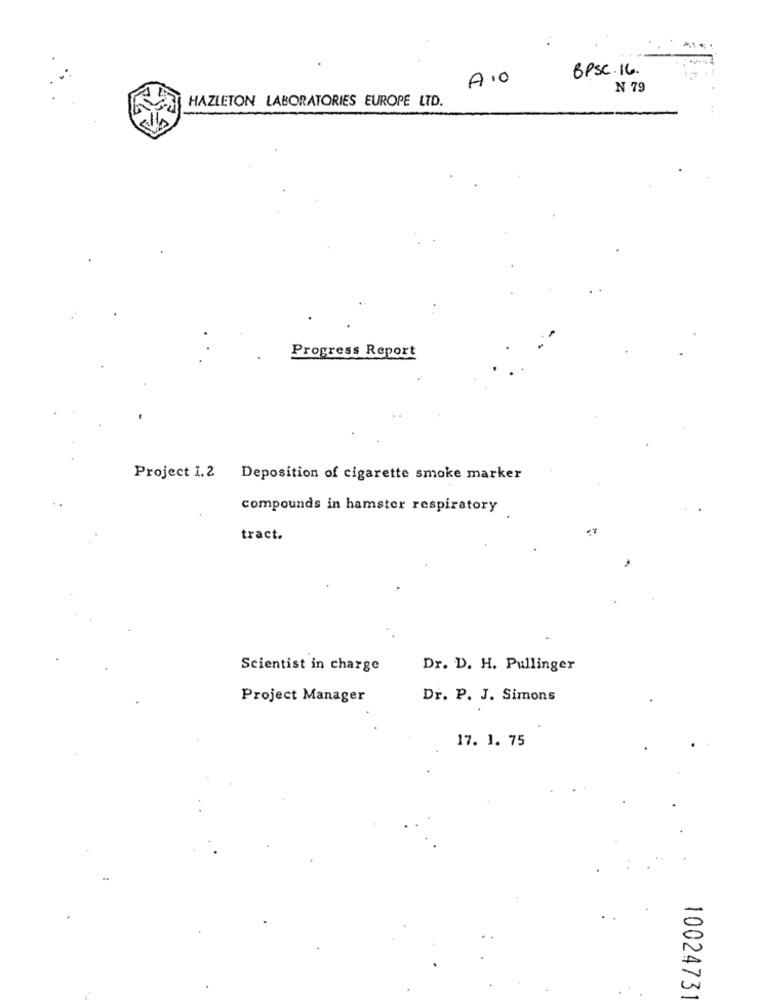
BPSC.16.
A10
N 79
HAZLETON LABORATORIES EUROPE LTD.
Progress Report
Project 1.2 Deposition of cigarette smoke marker
compounds in hamster respiratory
tract.
Scientist in charge
Dr. D. H. Pullinger
Project Manager
Dr. P. J. Simons
17. 1. 75
1002473